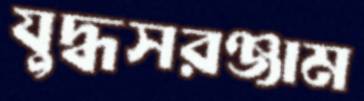
যুদ্ধসরঞ্জাম